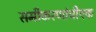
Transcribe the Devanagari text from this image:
समीकरणांचीएक